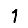
Digit: 1